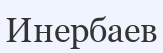
Инербаев